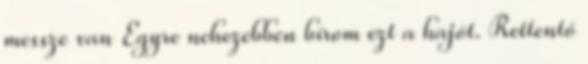
messze van Egyre nehezebben bírom ezt a hajót. Rettentő